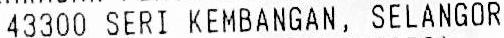
43300 SERI KEMBANGAN, SELANGOR